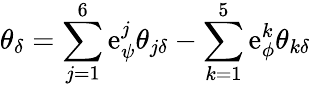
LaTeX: \theta_{\delta}=\sum_{j=1}^{6}\mathrm{e}_{\psi}^{j}\theta_{j\delta}-\sum_{k=1}^{5}\mathrm{e}_{\phi}^{k}\theta_{k\delta}